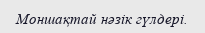
Моншақтай нәзік гүлдері.